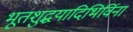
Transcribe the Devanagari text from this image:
भूतशुद्धयादिभिर्विना